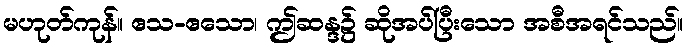
မဟုတ်ကုန်။ ဧသ-ဧသော၊ ဤဆန္ဒ၌ ဆိုအပ်ပြီးသော အစီအရင်သည်။